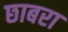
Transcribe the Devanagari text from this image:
छाबरा